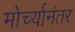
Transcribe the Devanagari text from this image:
मोर्च्यानंतर